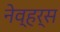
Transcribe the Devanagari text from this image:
नेव्हर्स